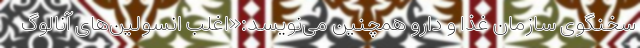
سخنگوی سازمان غذا و دارو همچنین می‌نویسد:«اغلب انسولین‌های آنالوگ